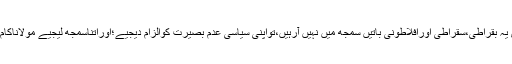
آپ کوبھی ہماری یہ بقراطی،سقراطی اورافلاطونی باتیں سمجھ میں نہیں آرہیں،تواپنی سیاسی عدم بصیرت کوالزام دیجیے؛اوراتناسمجھ لیجیے مولاناکام یاب ہوچکے ہیں۔